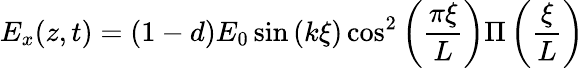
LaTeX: E_{x}(z,t)=(1-d)E_{0}\sin\left(k\xi\right)\cos^{2}\left(\frac{\pi\xi}{L}\right)\Pi\left(\frac{\xi}{L}\right)